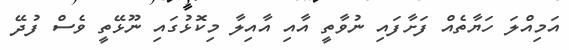
އަމިއްލަ ހަޔާތެއް ފަށާފައި ނުވާތީ އާއި އާއިލާ މިކޮޅުގައި ނޫޅޭތީ ވެސް ފުދޭ